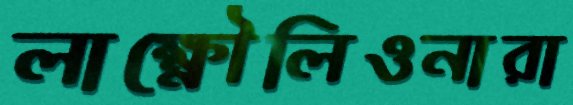
লাক্ষ্নৌলিওনারা